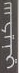
سكيني